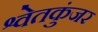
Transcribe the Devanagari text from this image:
श्वेतकुंजर